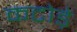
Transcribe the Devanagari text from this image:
कटोड़े